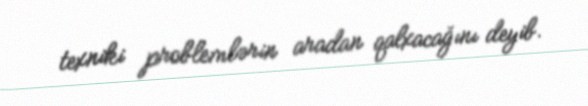
texniki problemlərin aradan qalxacağını deyib.